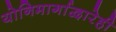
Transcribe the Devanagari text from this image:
योनिमार्गाद्वारेही